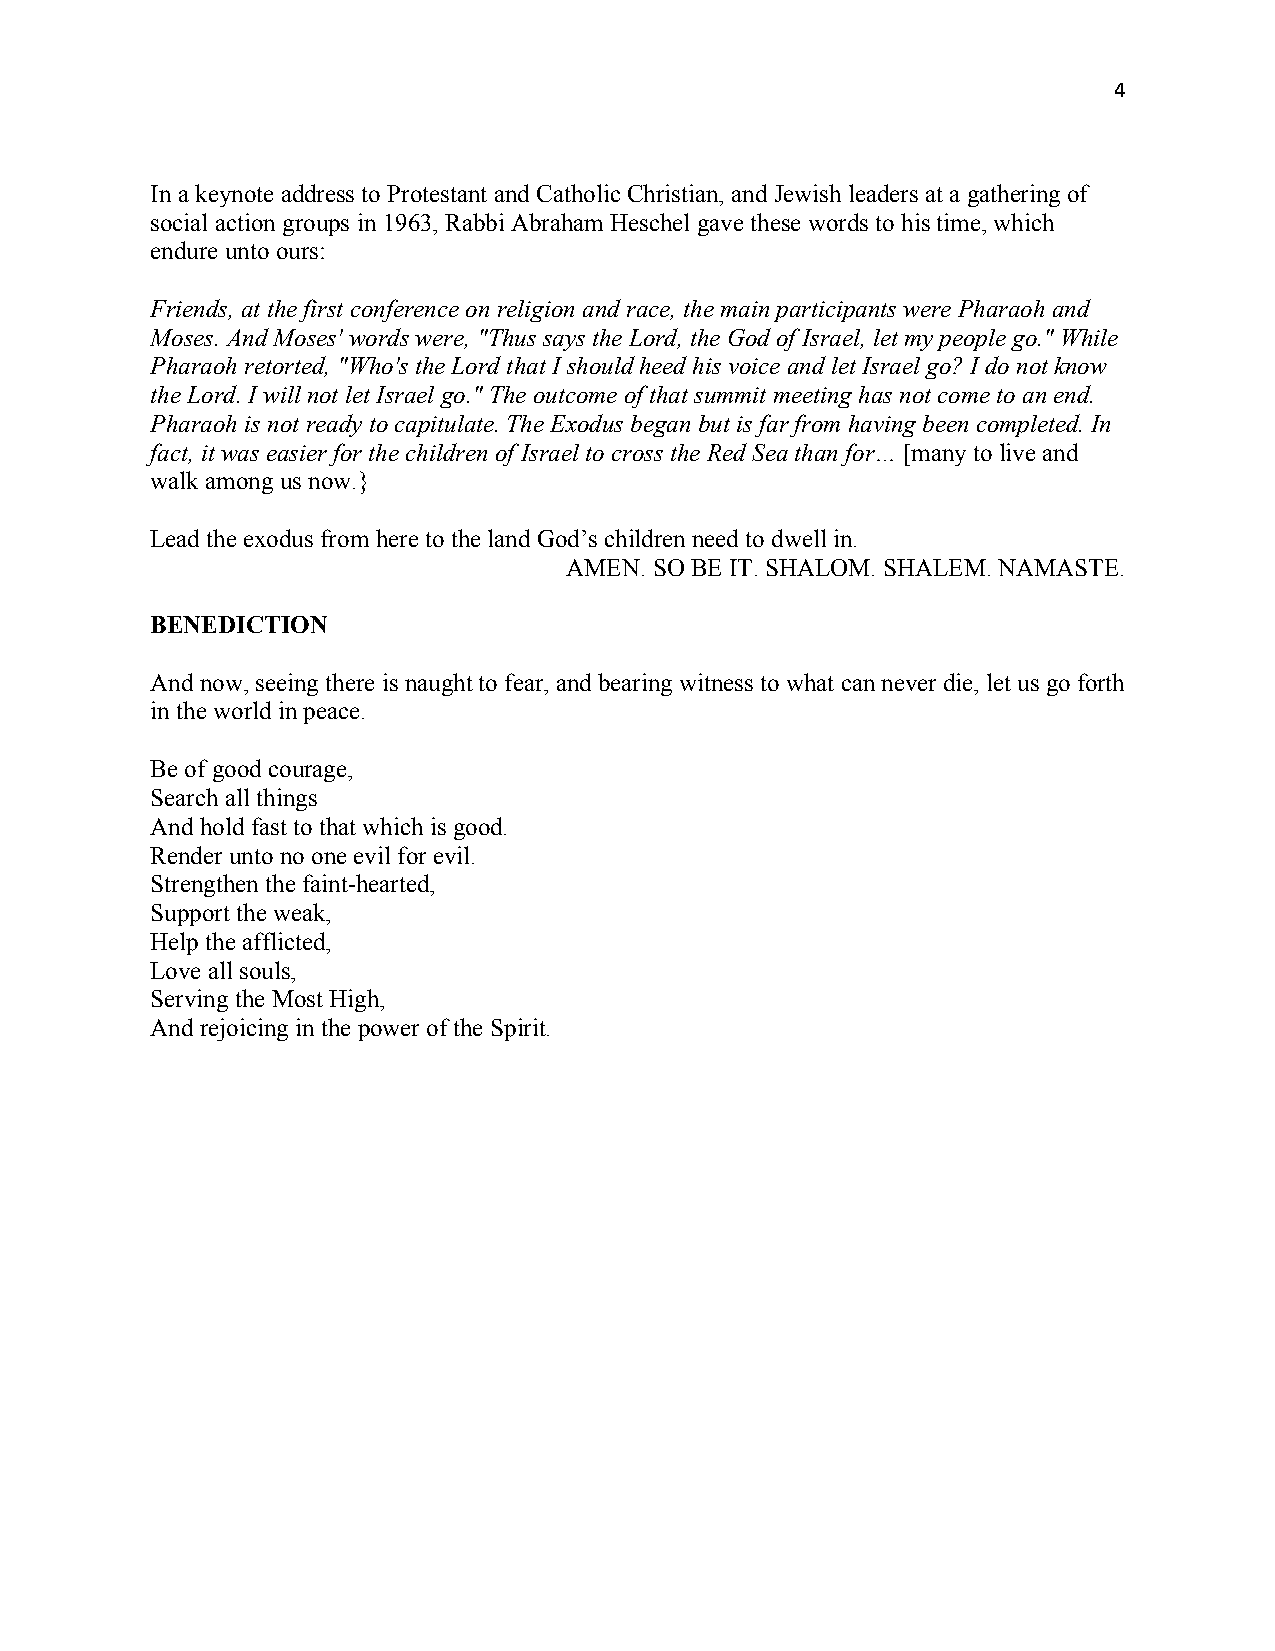
4
 In a keynote address to Protestant and Catholic Christian, and Jewish leaders at a gathering of
 social action groups in 1963, Rabbi Abraham Heschel gave these words to his time, which
 endure unto ours:
 Friends, at the first conference on religion and race, the main participants were Pharaoh and
 Moses. And Moses' words were, "Thus says the Lord, the God of Israel, let my people go." While
 Pharaoh retorted, "Who's the Lord that I should heed his voice and let Israel go? I do not know
 the Lord. I will not let Israel go." The outcome of that summit meeting has not come to an end.
 Pharaoh is not ready to capitulate. The Exodus began but is far from having been completed. In
 fact, it was easier for the children of Israel to cross the Red Sea than for… [many to live and
 walk among us now.}
 Lead the exodus from here to the land God’s children need to dwell in.
 AMEN. SO BE IT. SHALOM. SHALEM. NAMASTE.
 BENEDICTION
 And now, seeing there is naught to fear, and bearing witness to what can never die, let us go forth
 in the world in peace.
 Be of good courage,
 Search all things
 And hold fast to that which is good.
 Render unto no one evil for evil.
 Strengthen the faint-hearted,
 Support the weak,
 Help the afflicted,
 Love all souls,
 Serving the Most High,
 And rejoicing in the power of the Spirit.